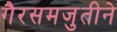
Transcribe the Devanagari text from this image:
गैरसमजुतीने